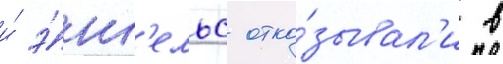
и́ э́нг'ельс отка́зывал'и в